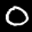
Label: 0